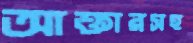
আক্তারসহ